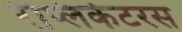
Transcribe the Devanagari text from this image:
रेप्लिकेटरस